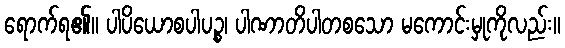
ရောက်ရ၏။ ပါပိယောစပါပဉ္စ၊ ပါဏာတိပါတစသော မကောင်းမှုကိုလည်း။